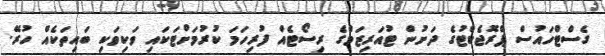
ގެސްޓްހައުސް ޕްރޮޖެކްޓުގެ ދަށުން ޓުއަރިޒަމްގެ ރިސޯޓެއް ފުރިހަމަ ކުރުމަށްޓަކައި ވަކިވަކި ބައިތަކެއް ހުރޭ.